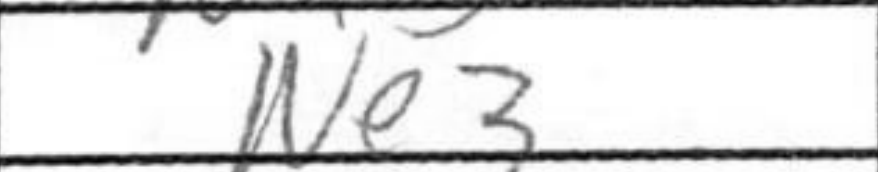
Transcription: Ne3